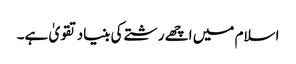
اسلام میں اچھے رشتے کی بنیاد تقویٰ ہے۔